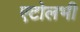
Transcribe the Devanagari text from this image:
एटोलभी